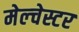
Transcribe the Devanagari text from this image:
मेल्चेस्टर